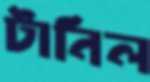
টানিল